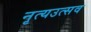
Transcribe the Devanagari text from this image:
नृत्यउत्सव